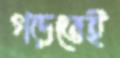
গড়তেই